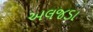
અલજડા